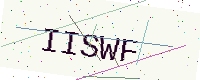
Text: IISWF